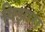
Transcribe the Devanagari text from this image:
विझारा